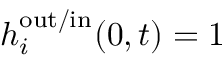
h _ { i } ^ { \mathrm { o u t / i n } } ( 0 , t ) = 1